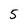
Character: 5